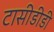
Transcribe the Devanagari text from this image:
टासीडीडी